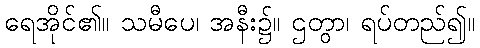
ရေအိုင်၏။ သမီပေ၊ အနီး၌။ ဌတွာ၊ ရပ်တည်၍။